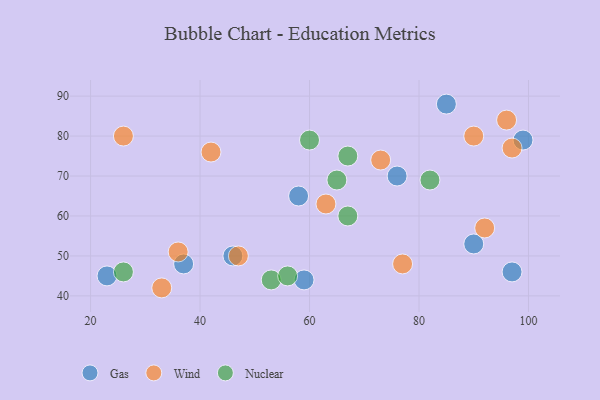
{"axis": {"x": "GDP", "y": "Life Expectancy"}, "legend": ["Gas", "Nuclear", "Wind"], "data": [{"x": "59", "y": 44, "type": "Gas"}, {"x": "23", "y": 45, "type": "Gas"}, {"x": "97", "y": 46, "type": "Gas"}, {"x": "85", "y": 88, "type": "Gas"}, {"x": "90", "y": 53, "type": "Gas"}, {"x": "99", "y": 79, "type": "Gas"}, {"x": "76", "y": 70, "type": "Gas"}, {"x": "46", "y": 50, "type": "Gas"}, {"x": "58", "y": 65, "type": "Gas"}, {"x": "37", "y": 48, "type": "Gas"}, {"x": "33", "y": 42, "type": "Wind"}, {"x": "47", "y": 50, "type": "Wind"}, {"x": "36", "y": 51, "type": "Wind"}, {"x": "77", "y": 48, "type": "Wind"}, {"x": "97", "y": 77, "type": "Wind"}, {"x": "73", "y": 74, "type": "Wind"}, {"x": "96", "y": 84, "type": "Wind"}, {"x": "26", "y": 80, "type": "Wind"}, {"x": "90", "y": 80, "type": "Wind"}, {"x": "92", "y": 57, "type": "Wind"}, {"x": "42", "y": 76, "type": "Wind"}, {"x": "63", "y": 63, "type": "Wind"}, {"x": "67", "y": 75, "type": "Nuclear"}, {"x": "82", "y": 69, "type": "Nuclear"}, {"x": "53", "y": 44, "type": "Nuclear"}, {"x": "67", "y": 60, "type": "Nuclear"}, {"x": "56", "y": 45, "type": "Nuclear"}, {"x": "26", "y": 46, "type": "Nuclear"}, {"x": "60", "y": 79, "type": "Nuclear"}, {"x": "65", "y": 69, "type": "Nuclear"}]}